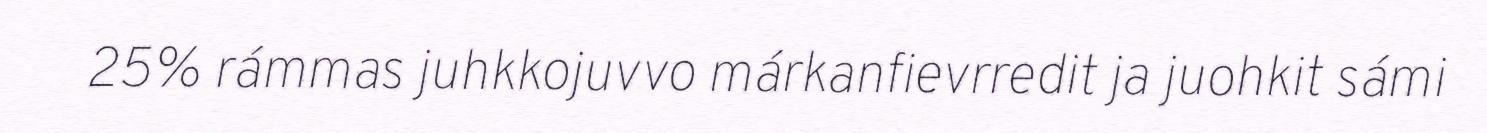
25% rámmas juhkkojuvvo márkanfievrredit ja juohkit sámi